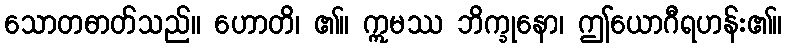
သောတဓာတ်သည်။ ဟောတိ၊ ၏။ ဣမဿ ဘိက္ခုနော၊ ဤယောဂီရဟန်း၏။